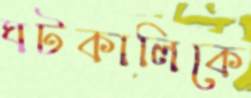
ঘটকালিকে